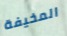
المخيفة